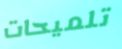
تلميحات